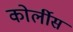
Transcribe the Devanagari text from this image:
कोर्लीस